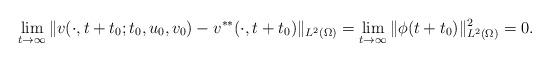
LaTeX: \begin{align*}\lim_{t \to \infty}\|v(\cdot,t+t_0;t_0,u_0,v_0)-v^{**}(\cdot, t+t_0)\|_{L^2(\Omega)}=\lim_{t \to \infty}\|\phi( t+t_0)\|^2_{L^2(\Omega)}=0.\end{align*}